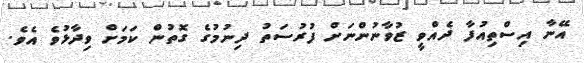
އޭނާ އިސްތިއުފާ ދެއްވީ ޒުވާނުންނަށް ފުރުސަތު ދިނުމުގެ ގޮތުން ކަމަށް ވިދާޅުވެ އެވެ.